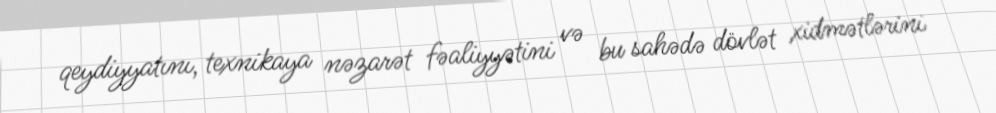
qeydiyyatını, texnikaya nəzarət fəaliyyətini və bu sahədə dövlət xidmətlərini